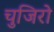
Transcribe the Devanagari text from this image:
चुजिरो